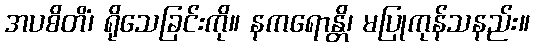
အပစိတိံ၊ ရိုသေခြင်းကို။ နကရောန္တိ၊ မပြုကုန်သနည်း။